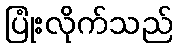
ပြုံးလိုက်သည်